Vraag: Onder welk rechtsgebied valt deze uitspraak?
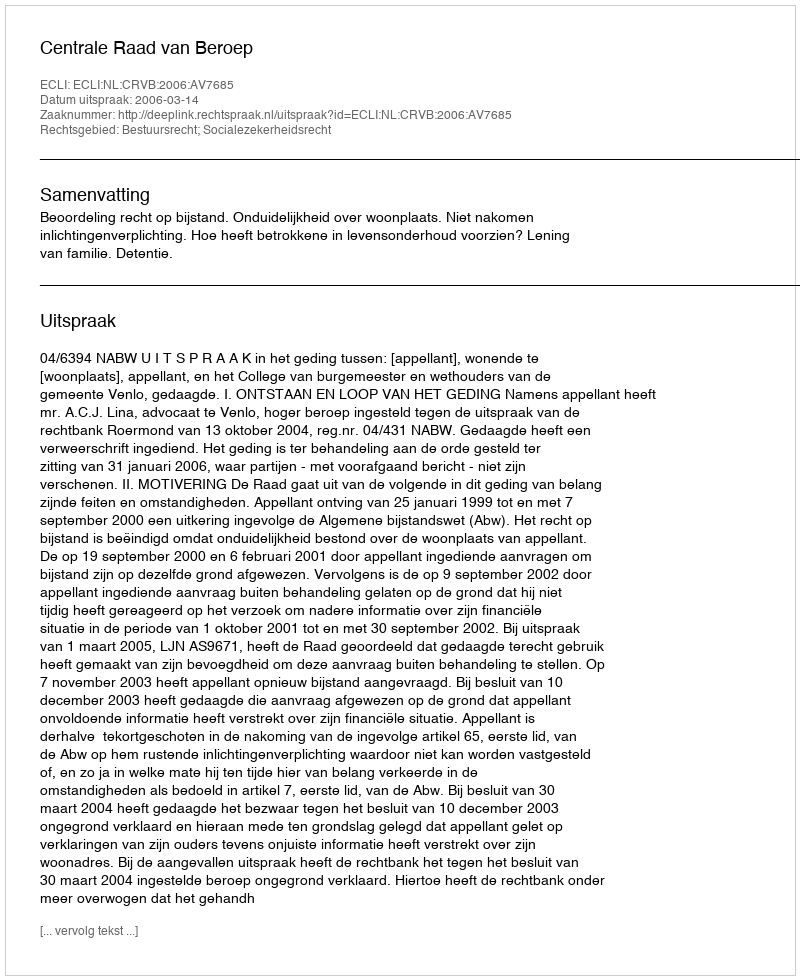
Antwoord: Bestuursrecht; Socialezekerheidsrecht